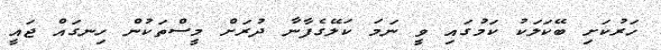
ހަރުކަށި ބޭކަލަކު ކަމުގައި ވީ ނަމަ ކަލޭގެފާނާ ދުރަށް މީސްތަކުން ހިނގައް ޖައީ